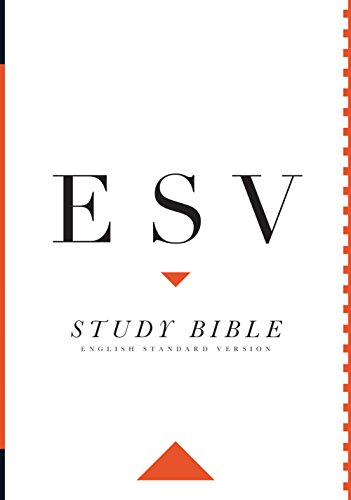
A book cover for The ESV Study Bible; Crossway Bibles; Christian Books & Bibles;